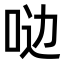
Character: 𫩸